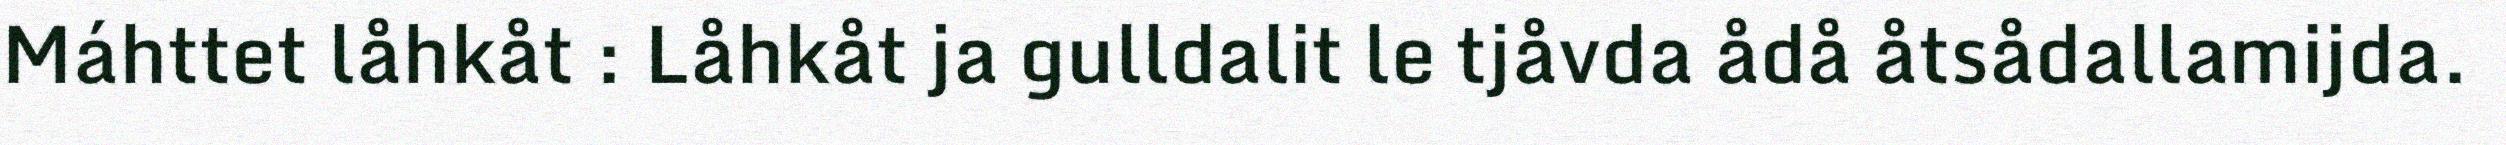
Máhttet låhkåt : Låhkåt ja gulldalit le tjåvda ådå åtsådallamijda.